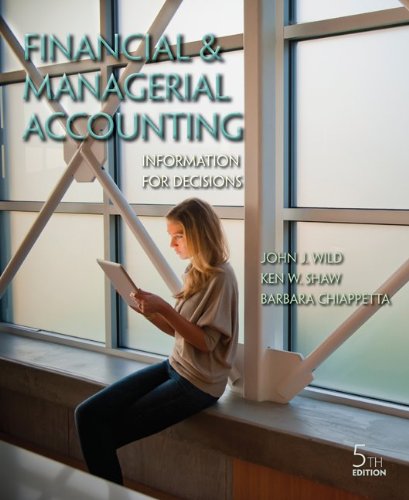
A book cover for Financial and Managerial Accounting with Connect Plus; John Wild; Business & Money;